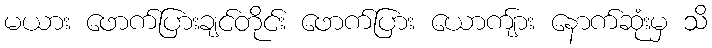
မယား ဖောက်ပြားချင်တိုင်း ဖောက်ပြား ယောကျ်ား နောက်ဆုံးမှ သိ